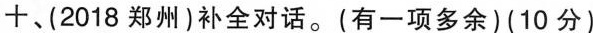
十、(2018 郑州)补全对话.(有一项多余)(10 分)